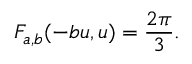
F _ { a , b } ( - b u , u ) = \frac { 2 \pi } { 3 } .